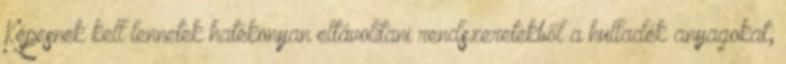
Képesnek kell lennetek hatékonyan eltávolítani rendszeretekből a hulladék anyagokat;